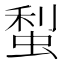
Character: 䖽